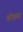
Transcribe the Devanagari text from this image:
बोन्नास